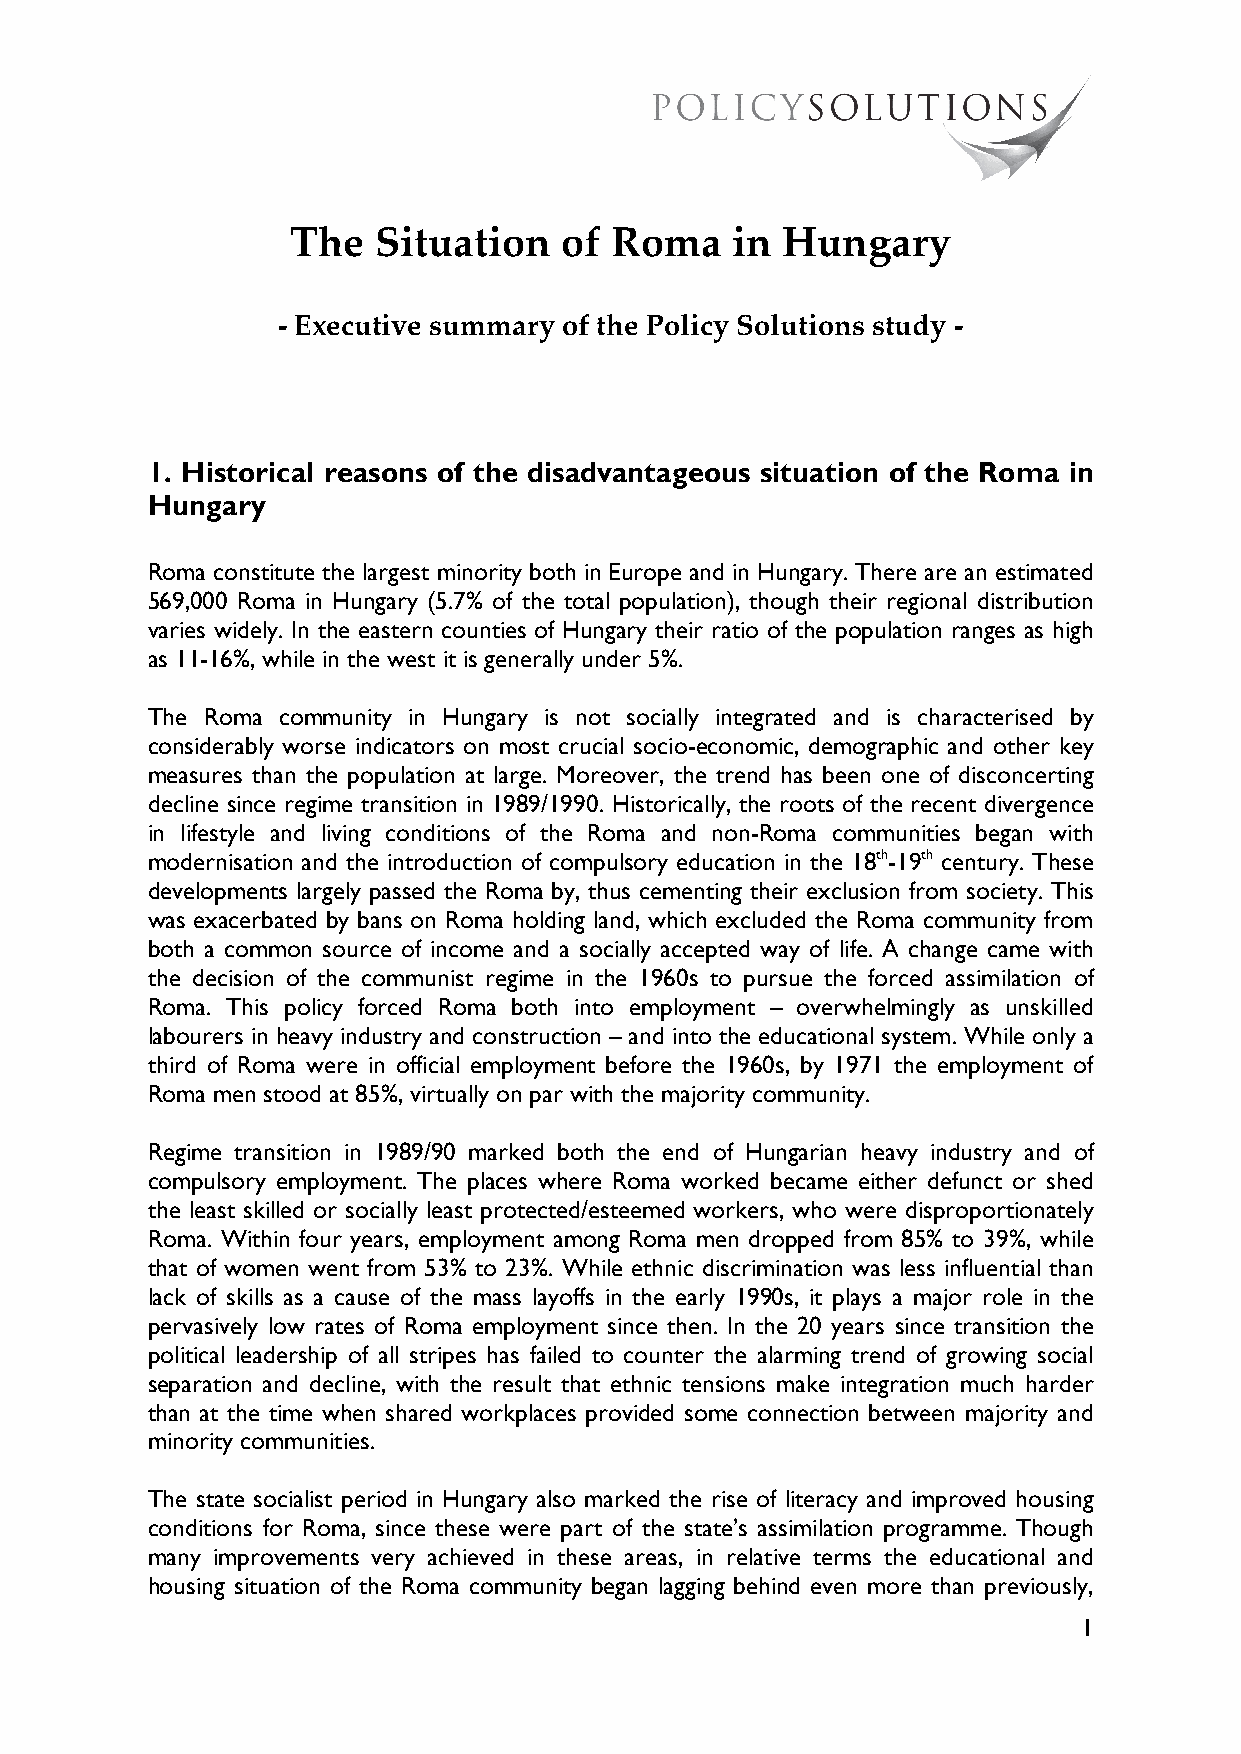
The   Situation   of Roma    in  Hungary
 - Executive summary of the Policy Solutions study -
 1. Historical reasons of the disadvantageous situation of the Roma in
 Hungary
 Roma constitute the largest minority both in Europe and in Hungary. There are an estimated
 569,000 Roma in Hungary (5.7% of the total population), though their regional distribution
 varies widely. In the eastern counties of Hungary their ratio of the population ranges as high
 as 11-16%, while in the west it is generally under 5%.
 The Roma community in Hungary is not socially integrated and is characterised by
 considerably worse indicators on most crucial socio-economic, demographic and other key
 measures than the population at large. Moreover, the trend has been one of disconcerting
 decline since regime transition in 1989/1990. Historically, the roots of the recent divergence
 in lifestyle and living conditions of the Roma and non-Roma communities began with
 modernisation and the introduction of compulsory education in the 18th-19th century. These
 developments largely passed the Roma by, thus cementing their exclusion from society. This
 was exacerbated by bans on Roma holding land, which excluded the Roma community from
 both a common source of income and a socially accepted way of life. A change came with
 the decision of the communist regime in the 1960s to pursue the forced assimilation of
 Roma. This policy forced Roma both into employment – overwhelmingly as unskilled
 labourers in heavy industry and construction – and into the educational system. While only a
 third of Roma were in official employment before the 1960s, by 1971 the employment of
 Roma men stood at 85%, virtually on par with the majority community.
 Regime transition in 1989/90 marked both the end of Hungarian heavy industry and of
 compulsory employment. The places where Roma worked became either defunct or shed
 the least skilled or socially least protected/esteemed workers, who were disproportionately
 Roma. Within four years, employment among Roma men dropped from 85% to 39%, while
 that of women went from 53% to 23%. While ethnic discrimination was less influential than
 lack of skills as a cause of the mass layoffs in the early 1990s, it plays a major role in the
 pervasively low rates of Roma employment since then. In the 20 years since transition the
 political leadership of all stripes has failed to counter the alarming trend of growing social
 separation and decline, with the result that ethnic tensions make integration much harder
 than at the time when shared workplaces provided some connection between majority and
 minority communities.
 The state socialist period in Hungary also marked the rise of literacy and improved housing
 conditions for Roma, since these were part of the state’s assimilation programme. Though
 many improvements very achieved in these areas, in relative terms the educational and
 housing situation of the Roma community began lagging behind even more than previously,
 1